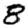
Digit: 8